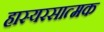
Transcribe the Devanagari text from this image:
हास्यरसात्मक